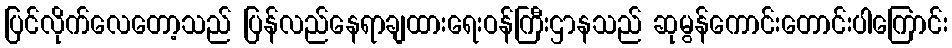
ပြင်လိုက်လေတော့သည် ပြန်လည်နေရာချထားရေးဝန်ကြီးဌာနသည် ဆုမွန်ကောင်းတောင်းပါကြောင်း